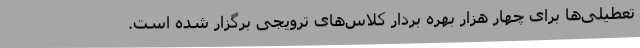
تعطیلی‌ها برای چهار هزار بهره بردار کلاس‌های ترویجی برگزار شده است.